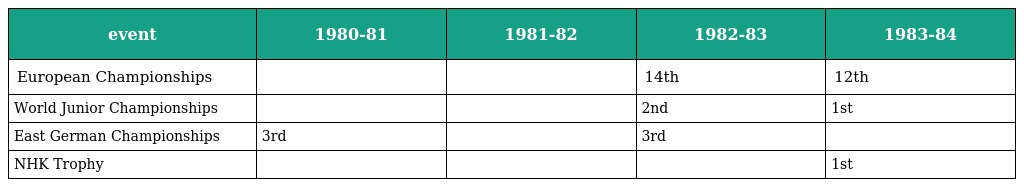
| event | 1980-81 | 1981-82 | 1982-83 | 1983-84 |
 | --- | --- | --- | --- | --- |
 | European Championships |  |  | 14th | 12th |
 | World Junior Championships |  |  | 2nd | 1st |
 | East German Championships | 3rd |  | 3rd |  |
 | NHK Trophy |  |  |  | 1st |